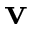
\bf { v }